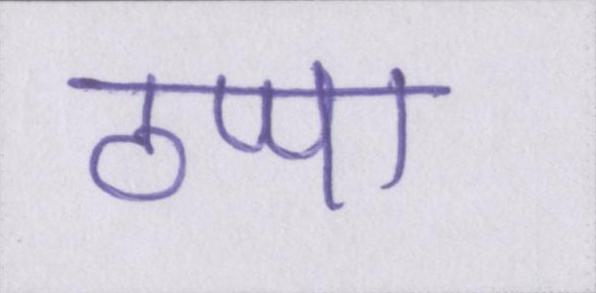
ठप्पा